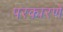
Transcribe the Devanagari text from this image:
परकारणे